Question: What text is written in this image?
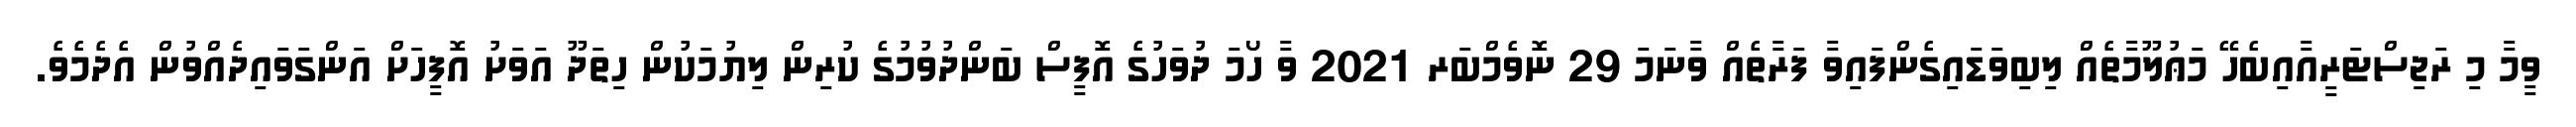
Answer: ވީމާ މި ރަޖިސްޓަރީއާއިބެހޭ މަޢުލޫމާތެއް ލިބިވަޑައިގެންފައިވާ ފަރާތެއް ވާނަމަ 29 ނޮވެމްބަރ 2021 ވާ ހޯމަ ދުވަހުގެ އޮފީސް ބަންދުވުމުގެ ކުރިން ލިޔުމަކުން ހިތަދޫ އަވަށު އޮފީހަށް އަންގަވައިދެއްވުން އެދެމެވެ.